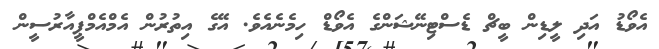
އެވޯޑު އަދި ލީޑިން ބީޗް ޑެސްޓިނޭޝަންގެ އެވޯޑް ހިމެނެއެވެ. އޭގެ އިތުރުން އެމްއެމްޕީއާރުސީން